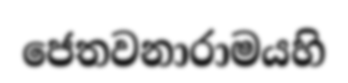
ජෙතවනාරාමයහි